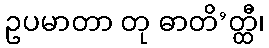
ဥပမာတာ တု ဓာတိ’တ္ထီ၊